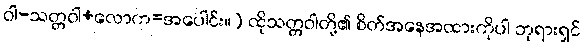
ဝါ-သတ္တဝါ+လောက=အပေါင်း။) ထိုသတ္တဝါတို့၏ စိတ်အနေအထားကိုပါ ဘုရားရှင်